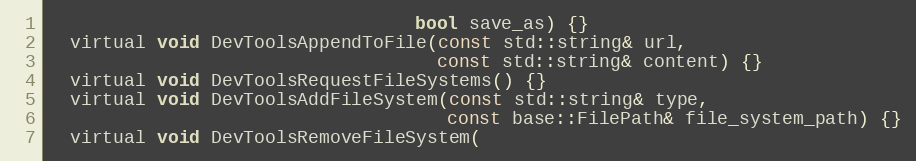
Language: C
                                  bool save_as) {}
  virtual void DevToolsAppendToFile(const std::string& url,
                                    const std::string& content) {}
  virtual void DevToolsRequestFileSystems() {}
  virtual void DevToolsAddFileSystem(const std::string& type,
                                     const base::FilePath& file_system_path) {}
  virtual void DevToolsRemoveFileSystem(